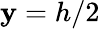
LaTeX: \mathbf{y}=h/2